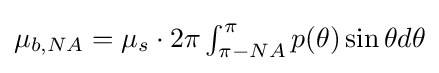
\mu _{b,NA}=\mu _{s}\cdot 2\pi \textstyle \int _{\pi -NA}^{\pi }p(\theta )\sin \theta d\theta